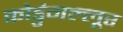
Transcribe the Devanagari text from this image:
कोडुंगल्लूर